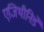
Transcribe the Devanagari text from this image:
एजिथीनिडे